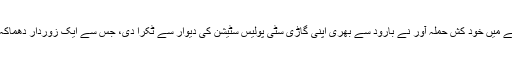
حملے میں خود کش حملہ آور نے بارود سے بھری اپنی گاڑی سٹی پولیس سٹیشن کی دیوار سے ٹکرا دی، جس سے ایک زوردار دھماکہ ہوا۔